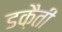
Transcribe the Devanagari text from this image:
डक़ैती